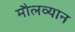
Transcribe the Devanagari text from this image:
मौलव्यान